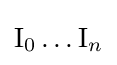
\mathrm {I} _{0}\ldots \mathrm {I} _{n}